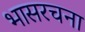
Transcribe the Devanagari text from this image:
भासरचना